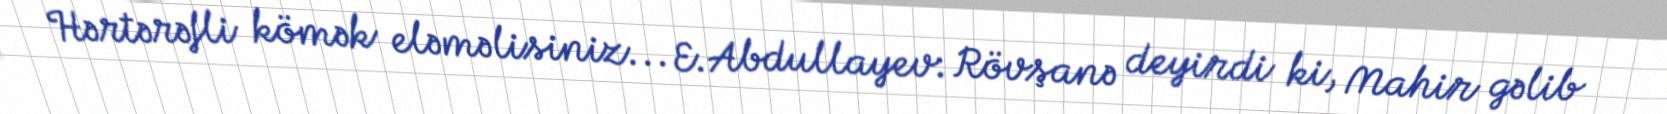
Hərtərəfli kömək eləməlisiniz... E.Abdullayev: Rövşanə deyirdi ki, Mahir gəlib